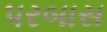
પરબાસ